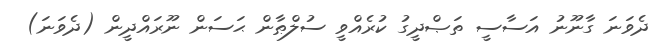
ދެވަނަ ގާނޫނު އަސާސީ ތަޞްދީގު ކުރެއްވީ ސުލްޠާން ޙަސަން ނޫރައްދީން (ދެވަނަ)